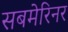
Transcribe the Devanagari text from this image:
सबमेरिनर